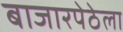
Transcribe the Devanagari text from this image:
बाजारपेठेला